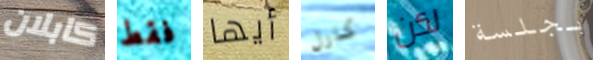
كابلان فقط أيها كارل لكن بجلسة